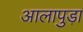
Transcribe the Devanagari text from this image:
आलापुड़ा